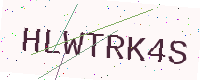
Text: HLWTRK4S